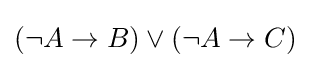
(\neg A\to B)\lor (\neg A\to C)